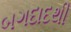
બગદાદથી